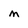
Character: m